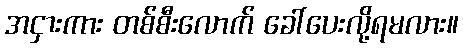
အငှားကား တစ်စီးလောက် ခေါ်ပေးလို့ရမလား။